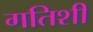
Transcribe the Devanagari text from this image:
गतिशी